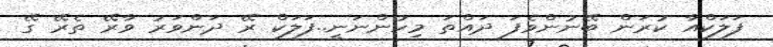
ފަލަކްއާ ކުރަން ބޭނުންވެފަ ދައްތަ މިހުންނަނީ..ފަލަކް ރޭ ދަންވަރު ވާރޭ ތެރޭ ގޭ